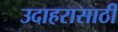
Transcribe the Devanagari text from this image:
उदाहरासाठी